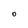
Character: O